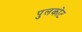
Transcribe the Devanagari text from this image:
पुलकोट